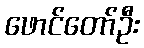
ဖောင်တော်ဦး